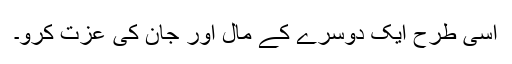
اسی طرح ایک دوسرے کے مال اور جان کی عزت کرو۔